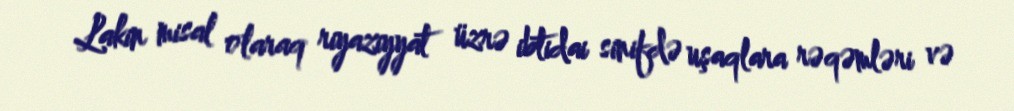
Lakin misal olaraq riyaziyyat üzrə ibtidai sinifdə uşaqlara rəqəmləri və